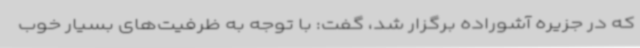
که در جزیره آشوراده برگزار شد، گفت: با توجه به ظرفیت‌های بسیار خوب